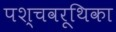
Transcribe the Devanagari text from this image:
पश्चवरूथिका